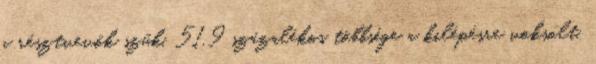
a résztvevők szűk, 51,9 százalékos többsége a kilépésre voksolt.